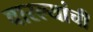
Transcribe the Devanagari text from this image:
वारल्यांची